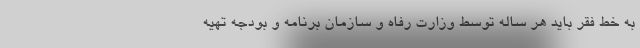
به خط فقر باید هر ساله توسط وزارت رفاه و سازمان برنامه و بودجه تهیه